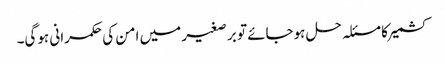
کشمیر کا مسئلہ حل ہوجائے تو بر صغیر میں امن کی حکمرانی ہوگی۔